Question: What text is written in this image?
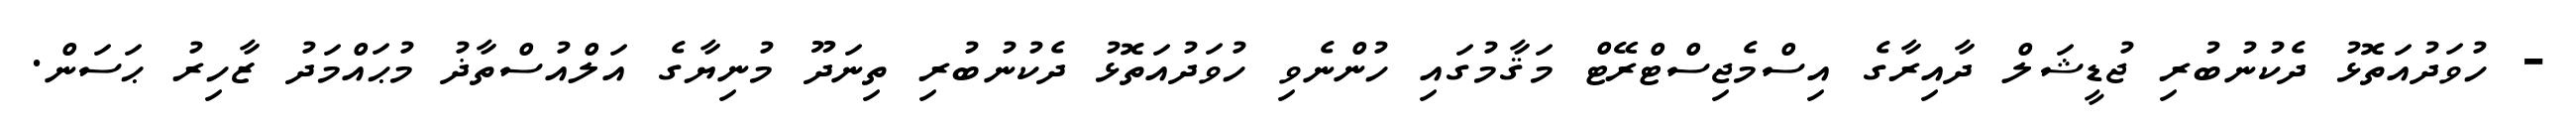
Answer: - ހުވަދުއަތޮޅު ދެކުނުބުރި ޖުޑީޝަލް ދާއިރާގެ އިސްމެޖިސްޓްރޭޓް މަޤާމުގައި ހުންނެވި ހުވަދުއަތޮޅު ދެކުނުބުރި ތިނަދޫ މުނިޔާގެ އަލްއުސްތާޛު މުޙައްމަދު ޒާހިރު ޙަސަން.